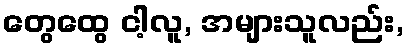
တွေထွေ ငါ့လူ, အများသူလည်း,